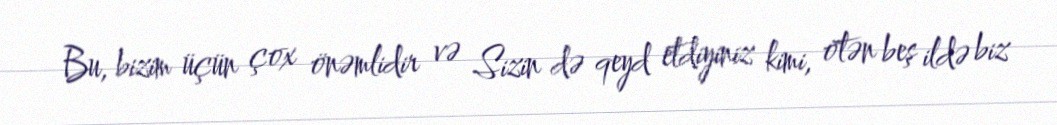
Bu, bizim üçün çox önəmlidir və Sizin də qeyd etdiyiniz kimi, ötən beş ildə biz